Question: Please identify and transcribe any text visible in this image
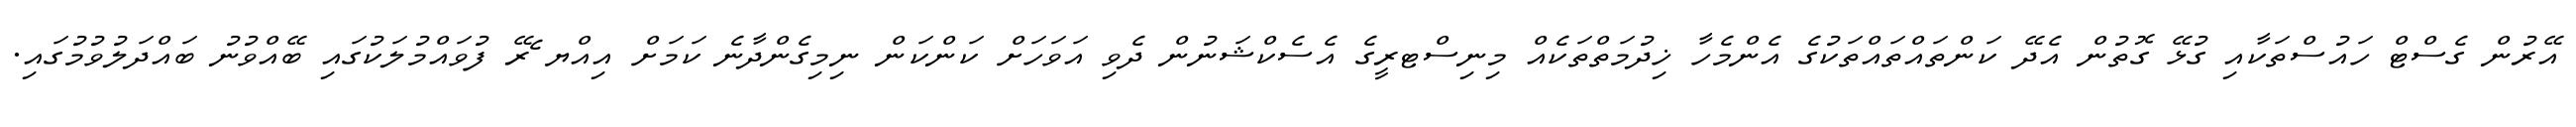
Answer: އޭރުން ގެސްޓް ހައުސްތަކާއި ގުޅޭ ގޮތުން އެދޭ ކަންތައްތައްތަކުގެ އެންމެހާ ޚިދުމަތްތަކެއް މިނިސްޓރީގެ އެސެކްޝަނުން ދެވި އަވަހަށް ކަންކަން ނިމިގެންދާނެ ކަމަށް އިއްޔ ެރޭ ފުވައްމުލަކުގައި ބޭއްވުނު ބައްދަލުވުމުގައި.